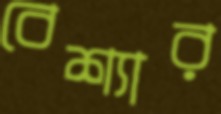
বেশ্যার